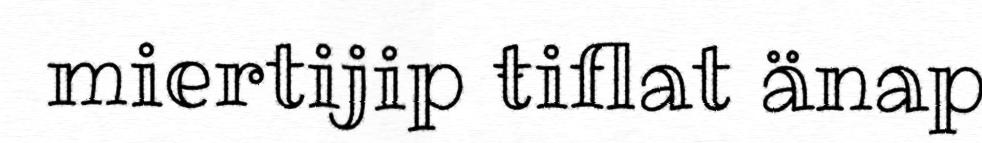
miertijip ŧiflat änap